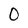
Character: 0